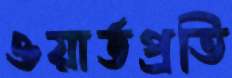
ওয়ার্ডপ্রতি